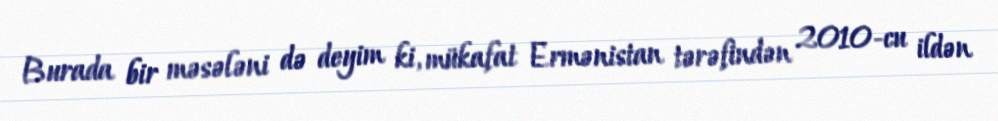
Burada bir məsələni də deyim ki, mükafat Ermənistan tərəfindən 2010-cu ildən